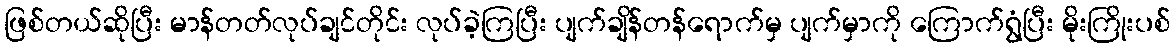
ဖြစ်တယ်ဆိုပြီး မာန်တတ်လုပ်ချင်တိုင်း လုပ်ခဲ့ကြပြီး ပျက်ချိန်တန်ရောက်မှ ပျက်မှာကို ကြောက်ရွံပြီး မိုးကြိုးပစ်